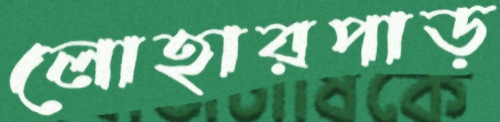
লোহারপাড়